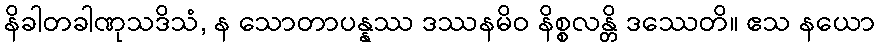
နိခါတခါဏုသဒိသံ, န သောတာပန္နဿ ဒဿနမိဝ နိစ္စလန္တိ ဒဿေတိ။ ဧသ နယော